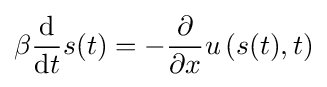
\beta {\frac {\mathrm {d} }{\mathrm {d} t}}s(t)=-{\frac {\partial }{\partial x}}u\left(s(t),t\right)